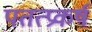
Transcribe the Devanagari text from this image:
पतत्प्रकर्ष